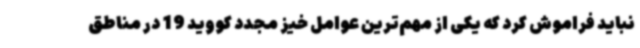
نباید فراموش کرد که یکی از مهم‌ترین عوامل خیز مجدد کووید 19 در مناطق